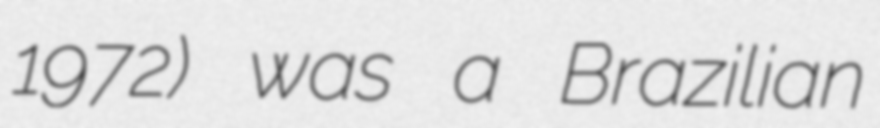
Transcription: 1972) was a Brazilian